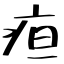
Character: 疸